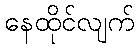
နေထိုင်လျက်